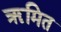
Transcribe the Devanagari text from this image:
ॠमित